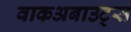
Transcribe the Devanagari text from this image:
वाकअबाउट्स